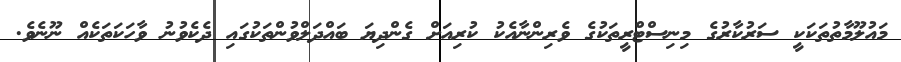
މައުލޫމާތުތަކަކީ ސަރުކާރުގެ މިނިސްޓްރީތަކުގެ ވެރިންނާއެކު ކުރިއަށް ގެންދިޔަ ބައްދަލްވުންތަކުގައި ދެކެވުނު ވާހަކަތަކެއް ނޫނެވެ.